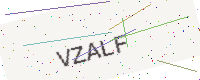
Text: VZALF